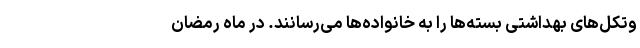
وتکل‌های بهداشتی بسته‌ها را به خانواده‌ها می‌رسانند. در ماه رمضان